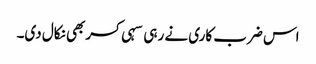
اس ضرب کاری نے رہی سہی کسربھی نکال دی۔